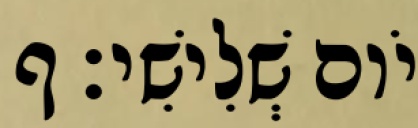
יֹום שְׁלִישִׁי׃ ף